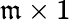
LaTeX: \mathfrak{m}\times1